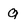
Character: g